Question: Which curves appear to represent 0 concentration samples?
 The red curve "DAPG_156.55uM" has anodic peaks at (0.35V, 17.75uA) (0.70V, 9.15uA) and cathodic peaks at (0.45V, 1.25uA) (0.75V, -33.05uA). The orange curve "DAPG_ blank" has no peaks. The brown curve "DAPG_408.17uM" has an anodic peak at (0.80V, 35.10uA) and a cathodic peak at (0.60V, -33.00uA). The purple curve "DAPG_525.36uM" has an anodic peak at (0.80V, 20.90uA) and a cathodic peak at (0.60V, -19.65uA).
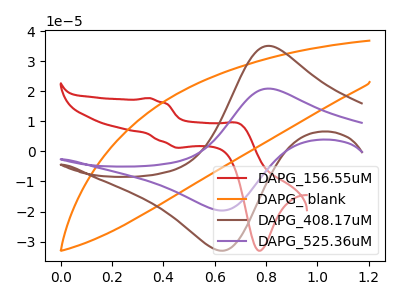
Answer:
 <answer>"DAPG_ blank" is likely to be a blank.</answer>
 <eval>DAPG_ blank</eval>